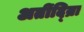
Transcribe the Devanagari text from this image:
अतींद्य्राि